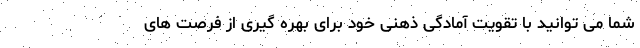
شما می توانید با تقویت آمادگی ذهنی خود برای بهره گیری از فرصت های